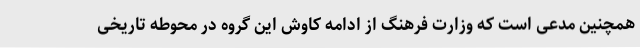
همچنین مدعی است که وزارت فرهنگ از ادامه کاوش این گروه در محوطه تاریخی